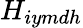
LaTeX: {H}_{iymdh}